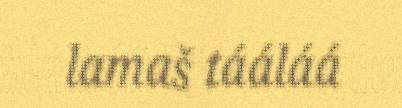
lamaš tááláá